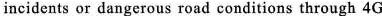
incidents or dangerous road conditions through 4G